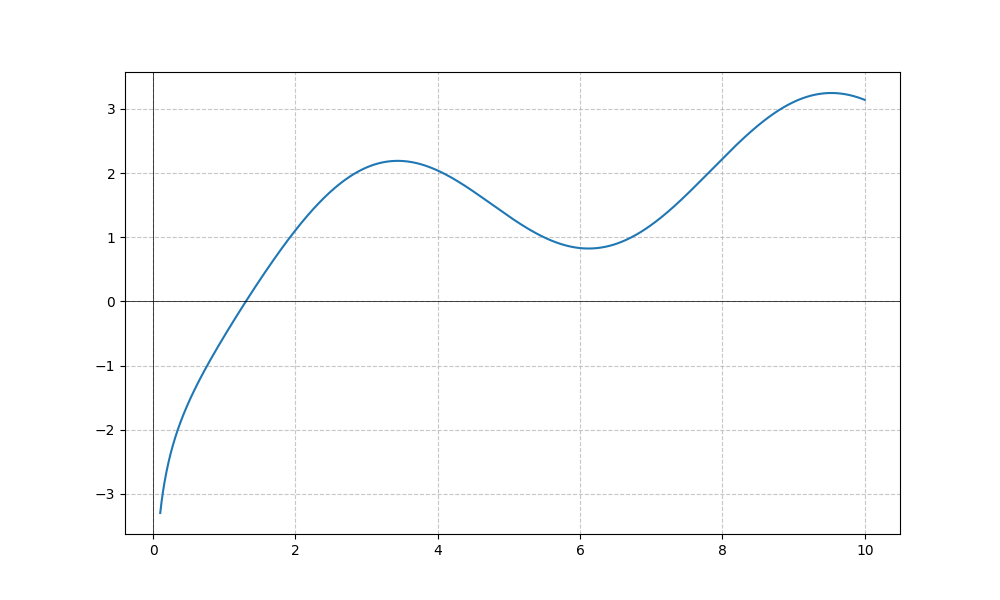
LaTeX formula: \log{\left(x \right)} - \cos{\left(x \right)}